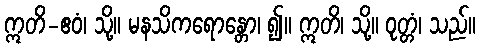
ဣတိ-ဧဝံ၊ သို့။ မနသိကရောန္တော၊ ၍။ ဣတိ၊ သို့။ ဝုတ္တံ၊ သည်။